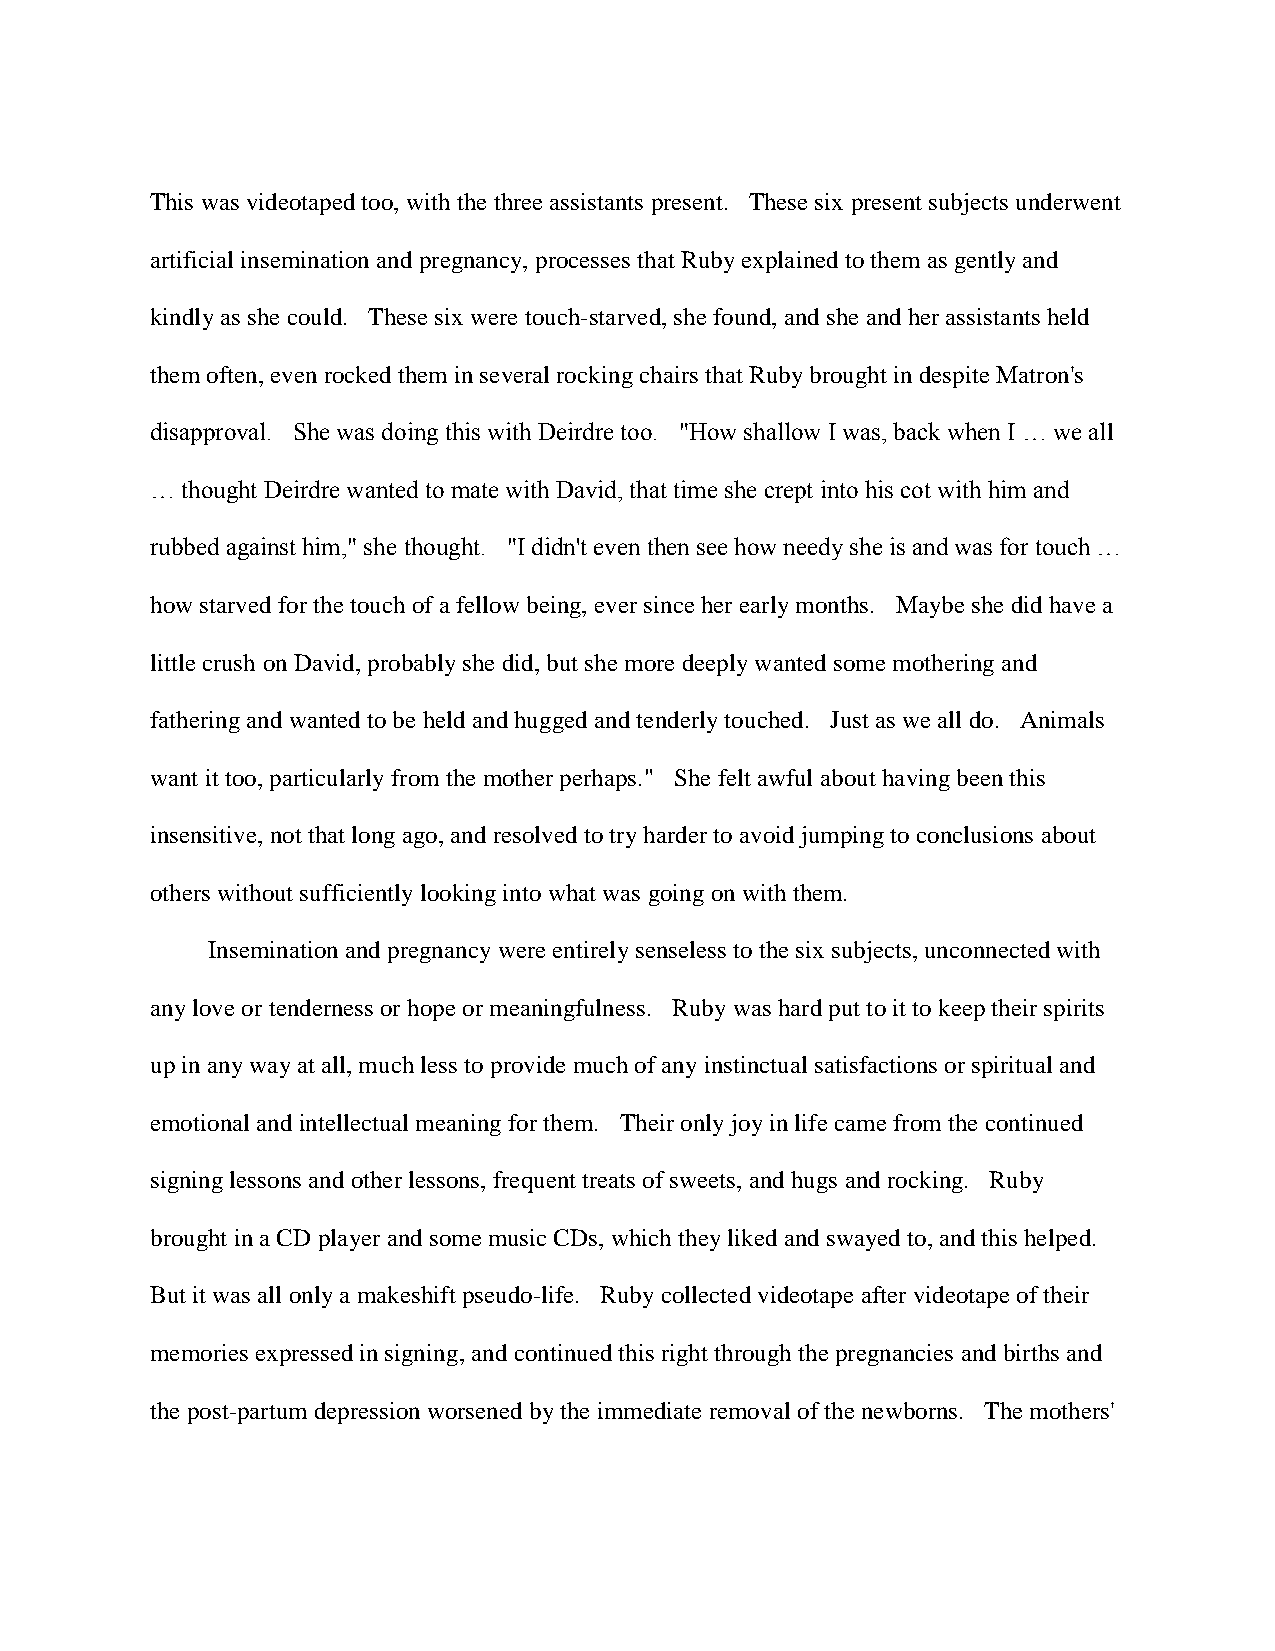
This was videotaped too, with the three assistants present. These six present subjects underwent
 artificial insemination and pregnancy, processes that Ruby explained to them as gently and
 kindly as she could. These six were touch-starved, she found, and she and her assistants held
 them often, even rocked them in several rocking chairs that Ruby brought in despite Matron's
 disapproval. She was doing this with Deirdre too. "How shallow I was, back when I … we all
 … thought Deirdre wanted to mate with David, that time she crept into his cot with him and
 rubbed against him," she thought. "I didn't even then see how needy she is and was for touch …
 how starved for the touch of a fellow being, ever since her early months. Maybe she did have a
 little crush on David, probably she did, but she more deeply wanted some mothering and
 fathering and wanted to be held and hugged and tenderly touched. Just as we all do. Animals
 want it too, particularly from the mother perhaps." She felt awful about having been this
 insensitive, not that long ago, and resolved to try harder to avoid jumping to conclusions about
 others without sufficiently looking into what was going on with them.
 Insemination and pregnancy were entirely senseless to the six subjects, unconnected with
 any love or tenderness or hope or meaningfulness. Ruby was hard put to it to keep their spirits
 up in any way at all, much less to provide much of any instinctual satisfactions or spiritual and
 emotional and intellectual meaning for them. Their only joy in life came from the continued
 signing lessons and other lessons, frequent treats of sweets, and hugs and rocking. Ruby
 brought in a CD player and some music CDs, which they liked and swayed to, and this helped.
 But it was all only a makeshift pseudo-life. Ruby collected videotape after videotape of their
 memories expressed in signing, and continued this right through the pregnancies and births and
 the post-partum depression worsened by the immediate removal of the newborns. The mothers'